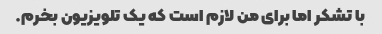
با تشکر اما برای من لازم است که یک تلویزیون بخرم.